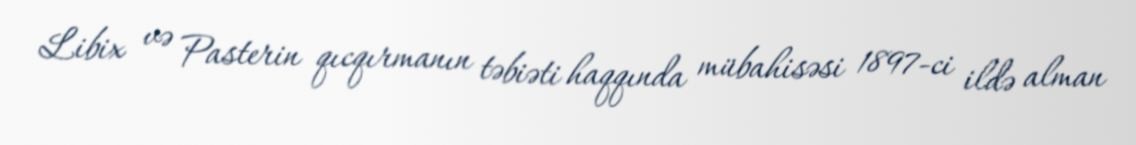
Libix və Pasterin qıcqırmanın təbiəti haqqında mübahisəsi 1897-ci ildə alman